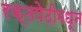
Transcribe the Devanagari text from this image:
रक्तपेढीमधून